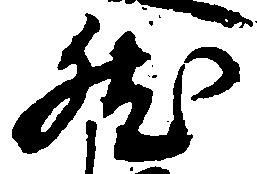
然